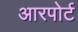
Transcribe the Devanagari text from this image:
आरपोर्ट